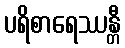
ပရိစာရေဿန္တီ